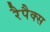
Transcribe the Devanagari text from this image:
रैपैक्स